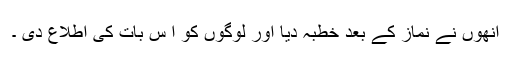
انھوں نے نماز کے بعد خطبہ دیا اور لوگوں کو ا س بات کی اطلاع دی ۔